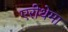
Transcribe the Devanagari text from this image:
एरीथेमा